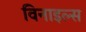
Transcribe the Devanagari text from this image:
विनाइल्स